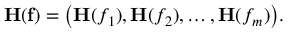
\mathbf { H } ( \mathbf { f } ) = { \big ( } \mathbf { H } ( f _ { 1 } ) , \mathbf { H } ( f _ { 2 } ) , \dots , \mathbf { H } ( f _ { m } ) { \big ) } .